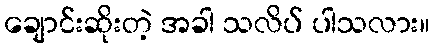
ချောင်းဆိုးတဲ့ အခါ သလိပ် ပါသလား။